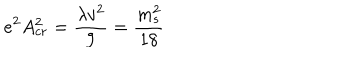
LaTeX: e ^ { 2 } A _ { c r } ^ { 2 } = { \frac { \lambda v ^ { 2 } } { 9 } } = { \frac { m _ { s } ^ { 2 } } { 1 8 } }